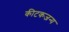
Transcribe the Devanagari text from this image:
कीटकजन्य